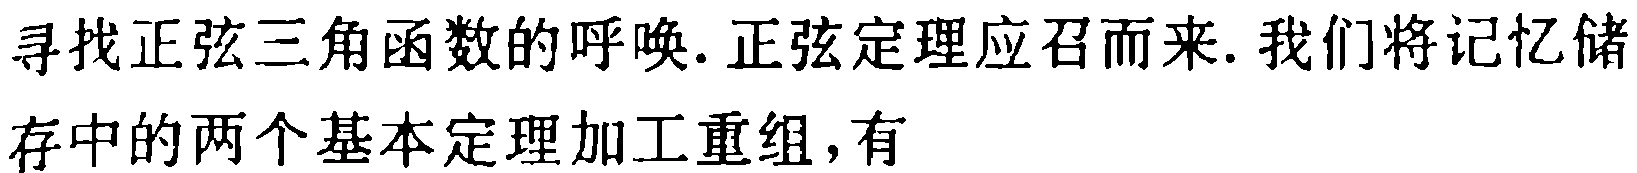
寻找正弦三角函数的呼唤.正弦定理应召而来.我们将记忆储存中的两个基本定理加工重组,有